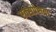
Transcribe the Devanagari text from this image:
एक्सप्रेसया